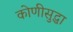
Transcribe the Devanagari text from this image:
कोणीसुद्धा